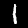
Label: 1